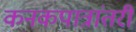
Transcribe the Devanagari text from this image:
कनकपात्रांतरी